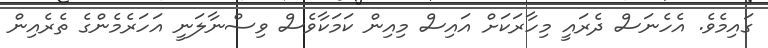
ގައިމެވެ. އެހެނަސް ދެރައީ މިހާރަކަށް އައިސް މިއިން ކަމަކާވެސް ވިސްނާލަނީ އަހަރެމެންގެ ތެރެއިން